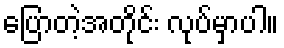
ပြောတဲ့အတိုင်း လုပ်မှာပါ။